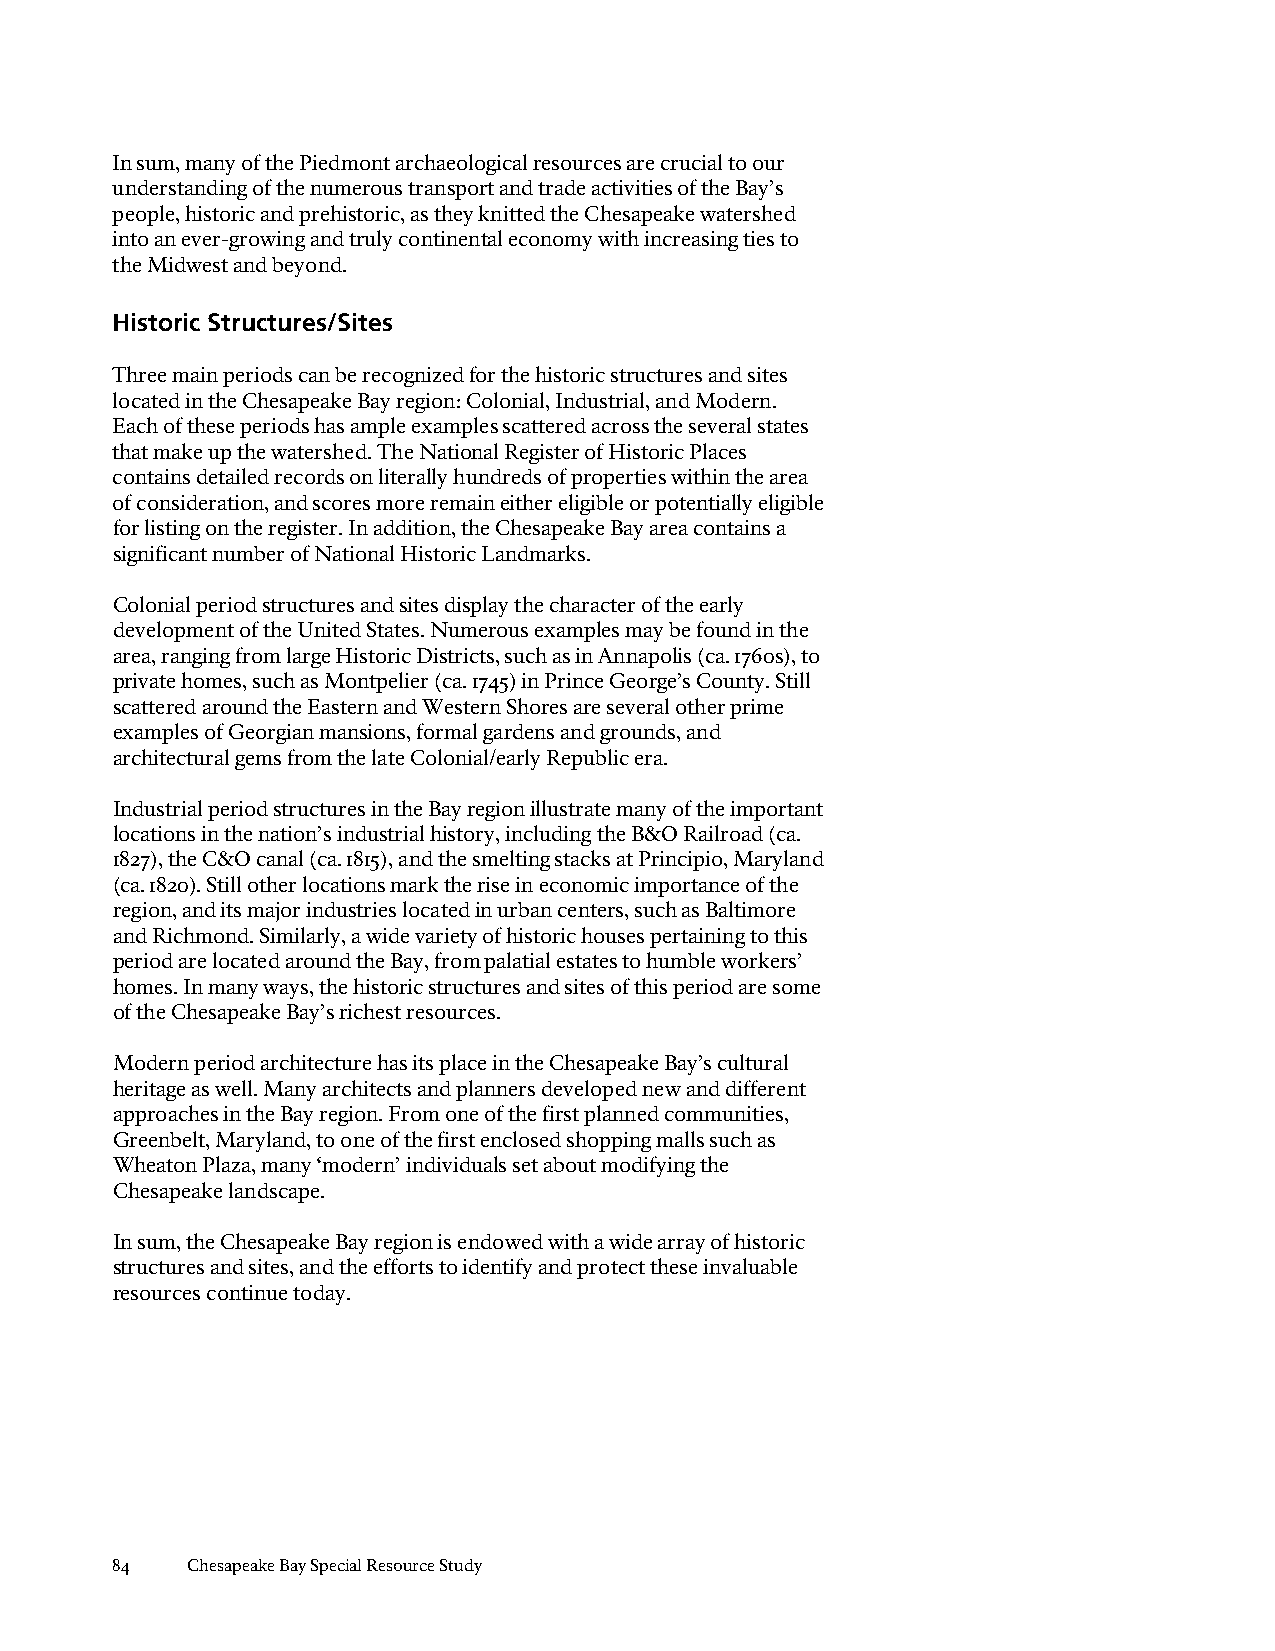
In sum, many of the Piedmont archaeological resources are crucial to our
 understanding of the numerous transport and trade activities of the Bay’s
 people, historic and prehistoric, as they knitted the Chesapeake watershed
 into an ever-growing and truly continental economy with increasing ties to
 the Midwest and beyond.
 Historic Structures/Sites
 Three main periods can be recognized for the historic structures and sites
 located in the Chesapeake Bay region: Colonial, Industrial, and Modern.
 Each of these periods has ample examples scattered across the several states
 that make up the watershed. The National Register of Historic Places
 contains detailed records on literally hundreds of properties within the area
 of consideration, and scores more remain either eligible or potentially eligible
 for listing on the register. In addition, the Chesapeake Bay area contains a
 significant number of National Historic Landmarks.
 Colonial period structures and sites display the character of the early
 development of the United States. Numerous examples may be found in the
 area, ranging from large Historic Districts, such as in Annapolis (ca. 1760s), to
 private homes, such as Montpelier (ca. 1745) in Prince George’s County. Still
 scattered around the Eastern and Western Shores are several other prime
 examples of Georgian mansions, formal gardens and grounds, and
 architectural gems from the late Colonial/early Republic era.
 Industrial period structures in the Bay region illustrate many of the important
 locations in the nation’s industrial history, including the B&O Railroad (ca.
 1827), the C&O canal (ca. 1815), and the smelting stacks at Principio, Maryland
 (ca. 1820). Still other locations mark the rise in economic importance of the
 region, and its major industries located in urban centers, such as Baltimore
 and Richmond. Similarly, a wide variety of historic houses pertaining to this
 period are located around the Bay, from palatial estates to humble workers’
 homes. In many ways, the historic structures and sites of this period are some
 of the Chesapeake Bay’s richest resources.
 Modern period architecture has its place in the Chesapeake Bay’s cultural
 heritage as well. Many architects and planners developed new and different
 approaches in the Bay region. From one of the first planned communities,
 Greenbelt, Maryland, to one of the first enclosed shopping malls such as
 Wheaton Plaza, many ‘modern’ individuals set about modifying the
 Chesapeake landscape.
 In sum, the Chesapeake Bay region is endowed with a wide array of historic
 structures and sites, and the efforts to identify and protect these invaluable
 resources continue today.
 84   Chesapeake Bay Special Resource Study